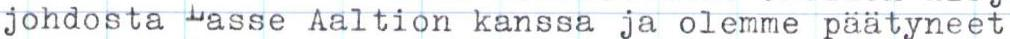
johdosta Lasse Aaltion kanssa ja olemme päätyneet